Report on the administration of the Government Cinchona Department 1892-98
Year: 1892
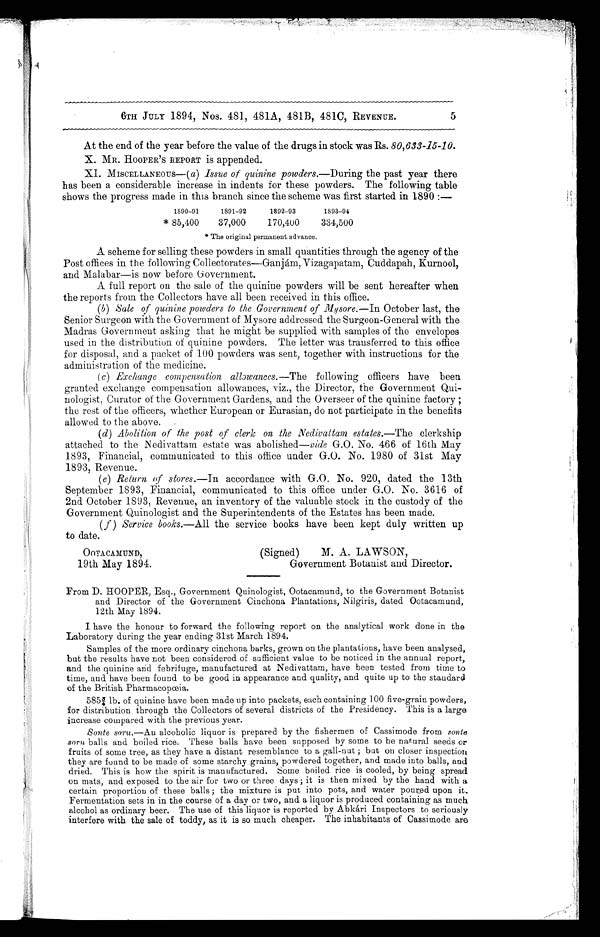
6TH JULY 1894, Nos. 481, 481A, 481B, 481C, REVENUE.
5
At the end of the year before the value of the drugs in stock was Rs. 80,633-15-10.
X. MR. HOOPER ' S REPORT is appended.
XI. MISCELLANEOUS—(a) Issue of quinine powders.— During the past year there
has been a considerable increase in indents for these powders. The following table
shows the progress made in this branch since the scheme was first started in 1890:—
1890-91
1891-92
1892-93
1893-94
* 85,400
37,000
170,400
384,500
* The original permanent advance.
A scheme for selling these powders in small quantities through the agency of the
Post offices in the following Collectorates—Ganjám,Vizagapatam, Cuddapah, Kurnool,
and Malabar—is now before Government.
A full report on the sale of the quinine powders will be sent hereafter when
the reports from the Collectors have all been received in this office.
(b)
Sale of quinine powders to the Government of Mysore.— In October last, the
Senior Surgeon with the Government of Mysore addressed the Surgeon-General with the
Madras Government asking that he might be supplied with samples of the envelopes
used in the distribution of quinine powders. The letter was transferred to this office
for disposal, and a packet of 100 powders was sent, together with instructions for the
administration of the medicine.
(c)
Exchange compensation allowances.— The following officers have been
granted exchange compensation allowances, viz., the Director, the Government Qui-
nologist, Curator of the Government Gardens, and the Overseer of the quinine factory;
the rest of the officers, whether European or Eurasian, do not participate in the benefits
allowed to the above.
(d)
Abolition of the post of clerk on the Nedivattam estates.— The clerkship
attached to the Nedivattam estate was abolished— vide G.O. No. 466 of 16th May
1893, Financial, communicated to this office under G.O. No. 1980 of 31st May
1893, Revenue.
(e)
Return of stores.—In accordance with G.O. No. 920, dated the 13th
September 1893, Financial, communicated to this office under G.O. No. 3616 of
2nd October 1893, Revenue, an inventory of the valuable stock in the custody of the
Government Quinologist and the Superintendents of the Estates has been made.
(f)
Service books.—All the service books have been kept duly written up
to date.
OOTACAMUND,
(Signed) M. A. LAWSON,
19th May 1894. Government Botanist and Director.
From D. HOOPER, Esq., Government Quinologist, Ootacamund, to the Government Botanist
and Director of the Government Cinchona Plantations, Nilgiris, dated Ootacamund,
12th May 1894.
I have the honour to forward the following report on the analytical work done in the
Laboratory during the year ending 31st March 1894.
Samples of the more ordinary cinchona barks, grown on the plantations, have been analysed,
but the results have not been considered of sufficient value to be noticed in the annual report,
and the quinine and febrifuge, manufactured at Nedivattam, have been tested from time to
time, and have been found to be good in appearance and quality, and quite up to the standard
of the British Pharmacopœia.
585¾ lb. of quinine have been made up into packets, each containing 100 five-grain powders,
for distribution through the Collectors of several districts of the Presidency. This is a large
increase compared with the previous year.
Sonte soru.—An alcoholic liquor is prepared by the fishermen of Cassimode from sonte
soru, balls and boiled rice. These balls have been supposed by some to be natural seeds or
fruits of some tree, as they have a distant resemblance to a gall-nut; but on closer inspection
they are found to be made of some starchy grains, powdered together, and made into balls, and
dried. This is how the spirit is manufactured. Some boiled rice is cooled, by being spread
on mats, and exposed to the air for two or three days; it is then mixed by the hand with a
certain proportion of these balls; the mixture is put into pots, and water poured upon it.
Fermentation sets in in the course of a day or two, and a liquor is produced containing as much
alcohol as ordinary beer. The use of this liquor is reported by Abkári Inspectors to seriously
interfere with the sale of toddy, as it is so much cheaper. The inhabitants of Cassimode are